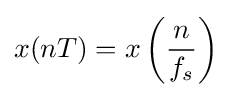
x(nT)=x\left({n \over f_{s}}\right)